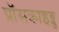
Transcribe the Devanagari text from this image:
प्रॉसक्राइब्ड